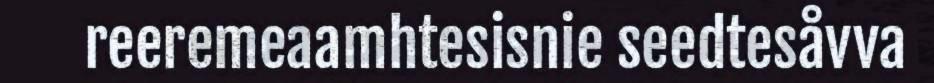
reeremeaamhtesisnie seedtesåvva